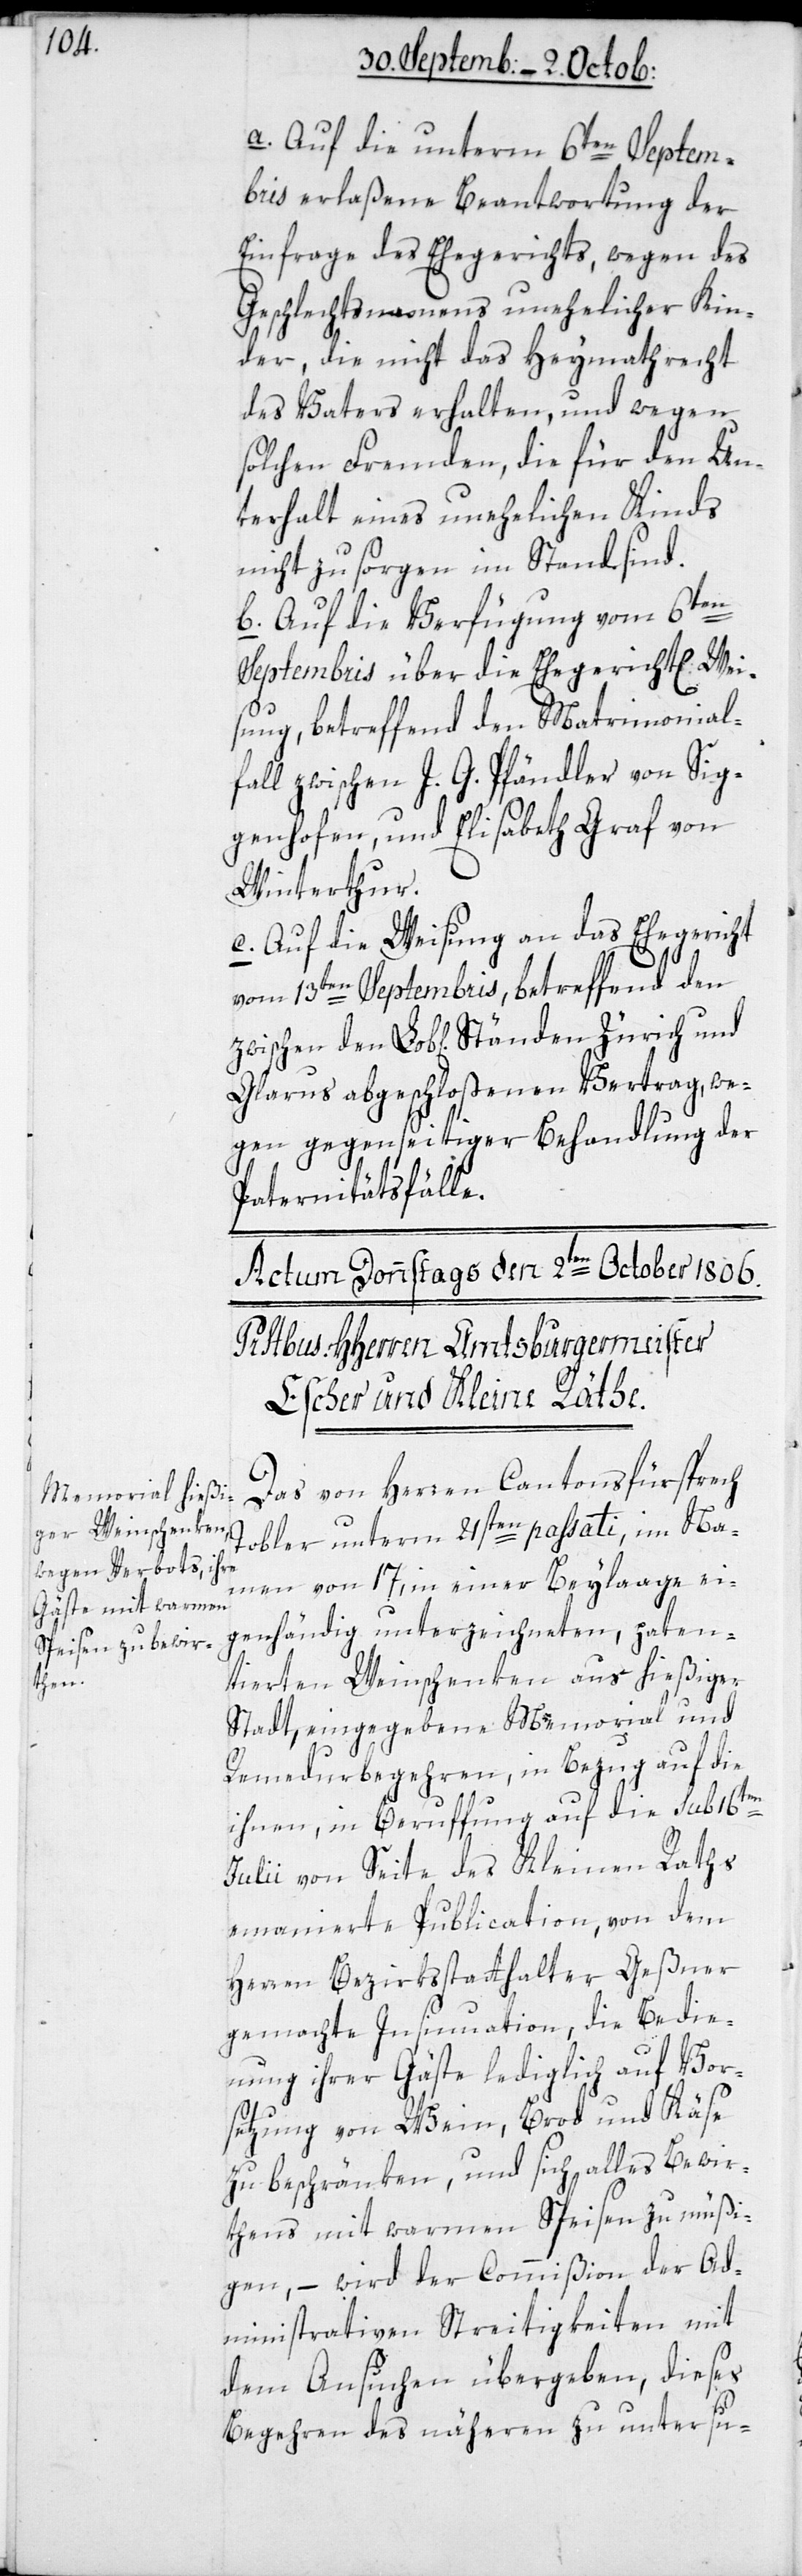
a. Auf die unterm 6ten Septem¬
bris erlaßene Beantwortung der
Einfrage des Ehegerichts, wegen des
Geschlechtsnamens unehelicher Kin¬
der, die nicht das Heymathrecht
des Vaters erhalten, und wegen
solchen Fremden, die für den Un¬
terhalt eines unehelichen Kinds
nicht zu sorgen im Stand sind.
b. Auf die Verfügung vom 6ten
Septembris über die ehegerichtliche Wei¬
sung, betreffend den Matrimonial¬
fall zwischen J. G. Pfändler von Sig¬
genhofen, und Elisabeth Graf von
Winterthur.
c. Auf die Weisung an das Ehegericht
vom 13ten Septembris, betreffend den
Glarus abgeschloßenen Vertrag we¬
gen gegenseitiger Behandlung der
Paternitätsfälle.
Das von Herren Cantonsfürsprech
Tobler unterm 21sten passati, im Na¬
men von 17, in einer Beylaage ei¬
genhändig unterzeichneten, paten¬
tierten Weinschenken aus hießiger
Stadt, eingegebene Memorial und
Remedurbegehren, in Bezug auf die
ihnen, in Berufung auf die sub 16ten
Julii von Seite des Kleinen Raths
emanierte Publication, von dem
Herren Bezirksstatthalter Geßner
gemachte Insinuation, die Bedie¬
nung ihrer Gäste lediglich auf Vor¬
setzung von Wein, Brod und Käse
zu beschränken, und sich alles Bewir¬
thens mit warmen Speisen zu müßi¬
gen, – wird der Commißion der Ad¬
ministrativen Streitigkeiten mit
dem Ansuchen übergeben, dieses
Begehren des Näheren zu untersu-